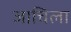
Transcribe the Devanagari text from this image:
जाचिला